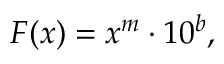
F ( x ) = x ^ { m } \cdot 1 0 ^ { b } ,